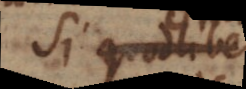
Si quodlibet